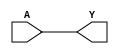
module RCLKINT (
	input A,
	(* clkbuf_driver *)
	output Y
);
	assign Y = A;
endmodule